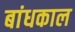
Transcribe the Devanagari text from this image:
बांधकाल